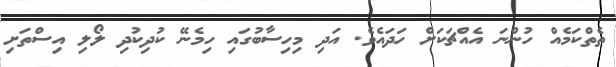
ތެތްކަމެއް ހުންނަ އެއްޗަކަށް ހަދައެވެ. އަދި މިހިސާބުގައި ހިމެނޭ ކުދިކުދި ލޯލި އިސްތަށި